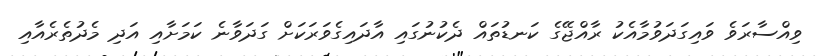
ވިއްސާރަވެ ވައިގަދަވުމާއެކު ރާއްޖޭގެ ކަނޑުތައް ދެކުނުގައި އާދައިގެވަރަކަށް ގަދަވާނެ ކަމަށާއި އަދި މެދުތެރެއާއި